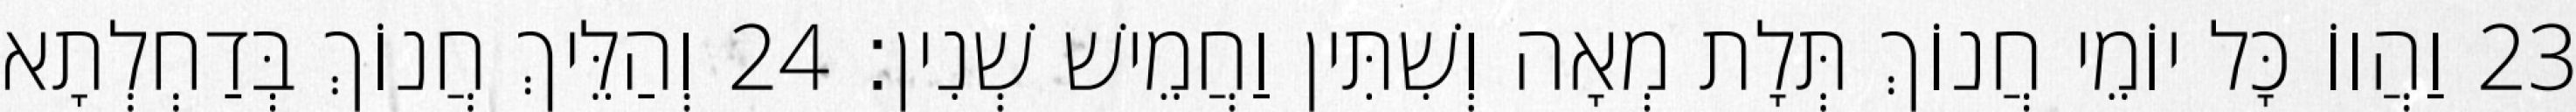
23 וַהֲווֹ כָּל יוֹמֵי חֲנוֹךְ תְּלָת מְאָה וְשִׁתִּין וַחֲמֵישׁ שְׁנִין׃ 24 וְהַלֵּיךְ חֲנוֹךְ בְּדַחְלְתָא